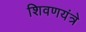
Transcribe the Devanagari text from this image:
शिवणयंत्रे